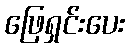
ဖြေရှင်းပေး